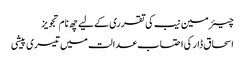
چیئرمین نیب کی تقرری کے لیے چھ نام تجویز
اسحاق ڈار کی احتساب عدالت میں تیسری پیشی